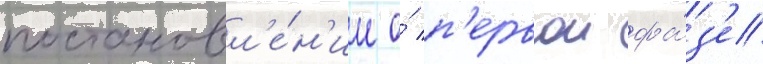
постановл'е́н'ие о́ п'ервои фа́з'е